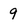
Character: 9